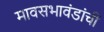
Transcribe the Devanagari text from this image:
मावसभावंडांचीं